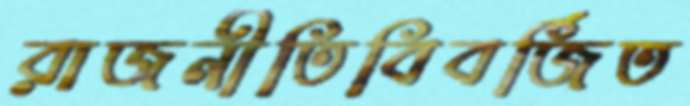
রাজনীতিবিবর্জিত